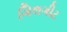
ગિલગીટ